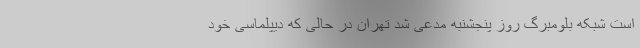
است شبکه بلومبرگ روز پنجشنبه مدعی شد تهران در حالی که دیپلماسی خود